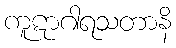
ကူဋာဂါရသတာနိ